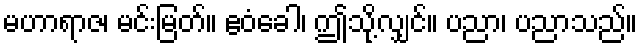
မဟာရာဇ၊ မင်းမြတ်။ ဧဝံခေါ၊ ဤသို့လျှင်။ ပညာ၊ ပညာသည်။